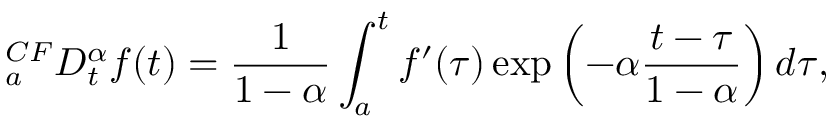
_ { a } ^ { C F } D _ { t } ^ { \alpha } f ( t ) = { \frac { 1 } { 1 - \alpha } } \int _ { a } ^ { t } f ^ { \prime } ( \tau ) \exp \left( - \alpha { \frac { t - \tau } { 1 - \alpha } } \right) d \tau ,